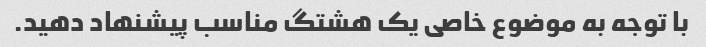
با توجه به موضوع خاصی یک هشتگ مناسب پیشنهاد دهید.